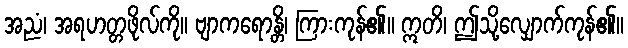
အညံ၊ အရဟတ္တဖိုလ်ကို။ ဗျာကရောန္တိ၊ ကြားကုန်၏။ ဣတိ၊ ဤသို့လျှောက်ကုန်၏။